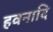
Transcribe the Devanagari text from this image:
हवनादि